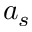
a _ { s }